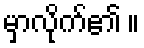
မှာလိုက်၏ ။